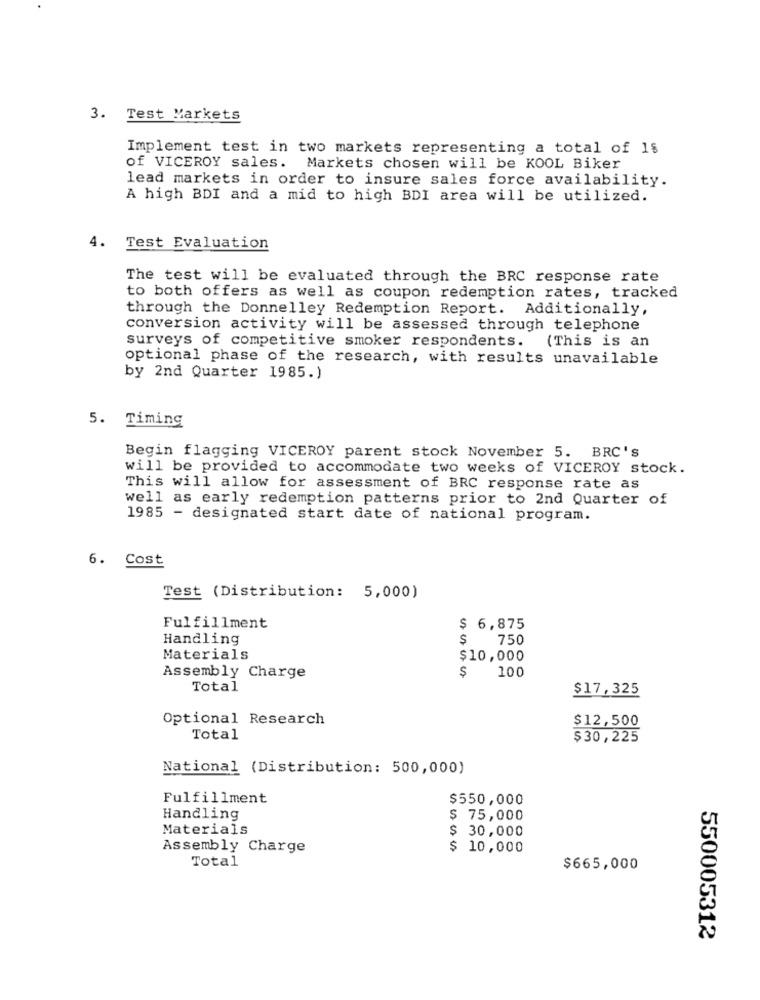
3. Test Markets
Implement test in two markets representing a total of 1$
of VICEROY sales. Markets chosen will be KOOL Biker
lead markets in order to insure sales force availability.
A high BDI and a mid to high BDI area will be utilized.
4.
Test Evaluation
The test will be evaluated through the BRC response rate
to both offers as well as coupon redemption rates, tracked
through the Donnelley Redemption Report. Additionally,
conversion activity will be assessed through telephone
surveys of competitive smoker respondents. (This is an
optional phase of the research, with results unavailable
by 2nd Quarter 1985.)
5. Timing
Begin flagging VICEROY parent stock November 5. BRC's
will be provided to accommodate two weeks of VICEROY stock.
This will allow for assessment of BRC response rate as
well as early redemption patterns prior to 2nd Quarter of
1985 - designated start date of national program.
6. Cost
Test (Distribution: 5,000)
Fulfillment
$
6,875
Handling
$
750
Materials
$10,000
Assembly Charge
100
Total
$17,325
Optional Research
$12,500
Total
$30,225
National (Distribution: 500,000)
Fulfillment
$550,000
Handling
$ 75,000
Materials
$ 30,000
Assembly Charge
$ 10,000
Total
$665,000
550005312